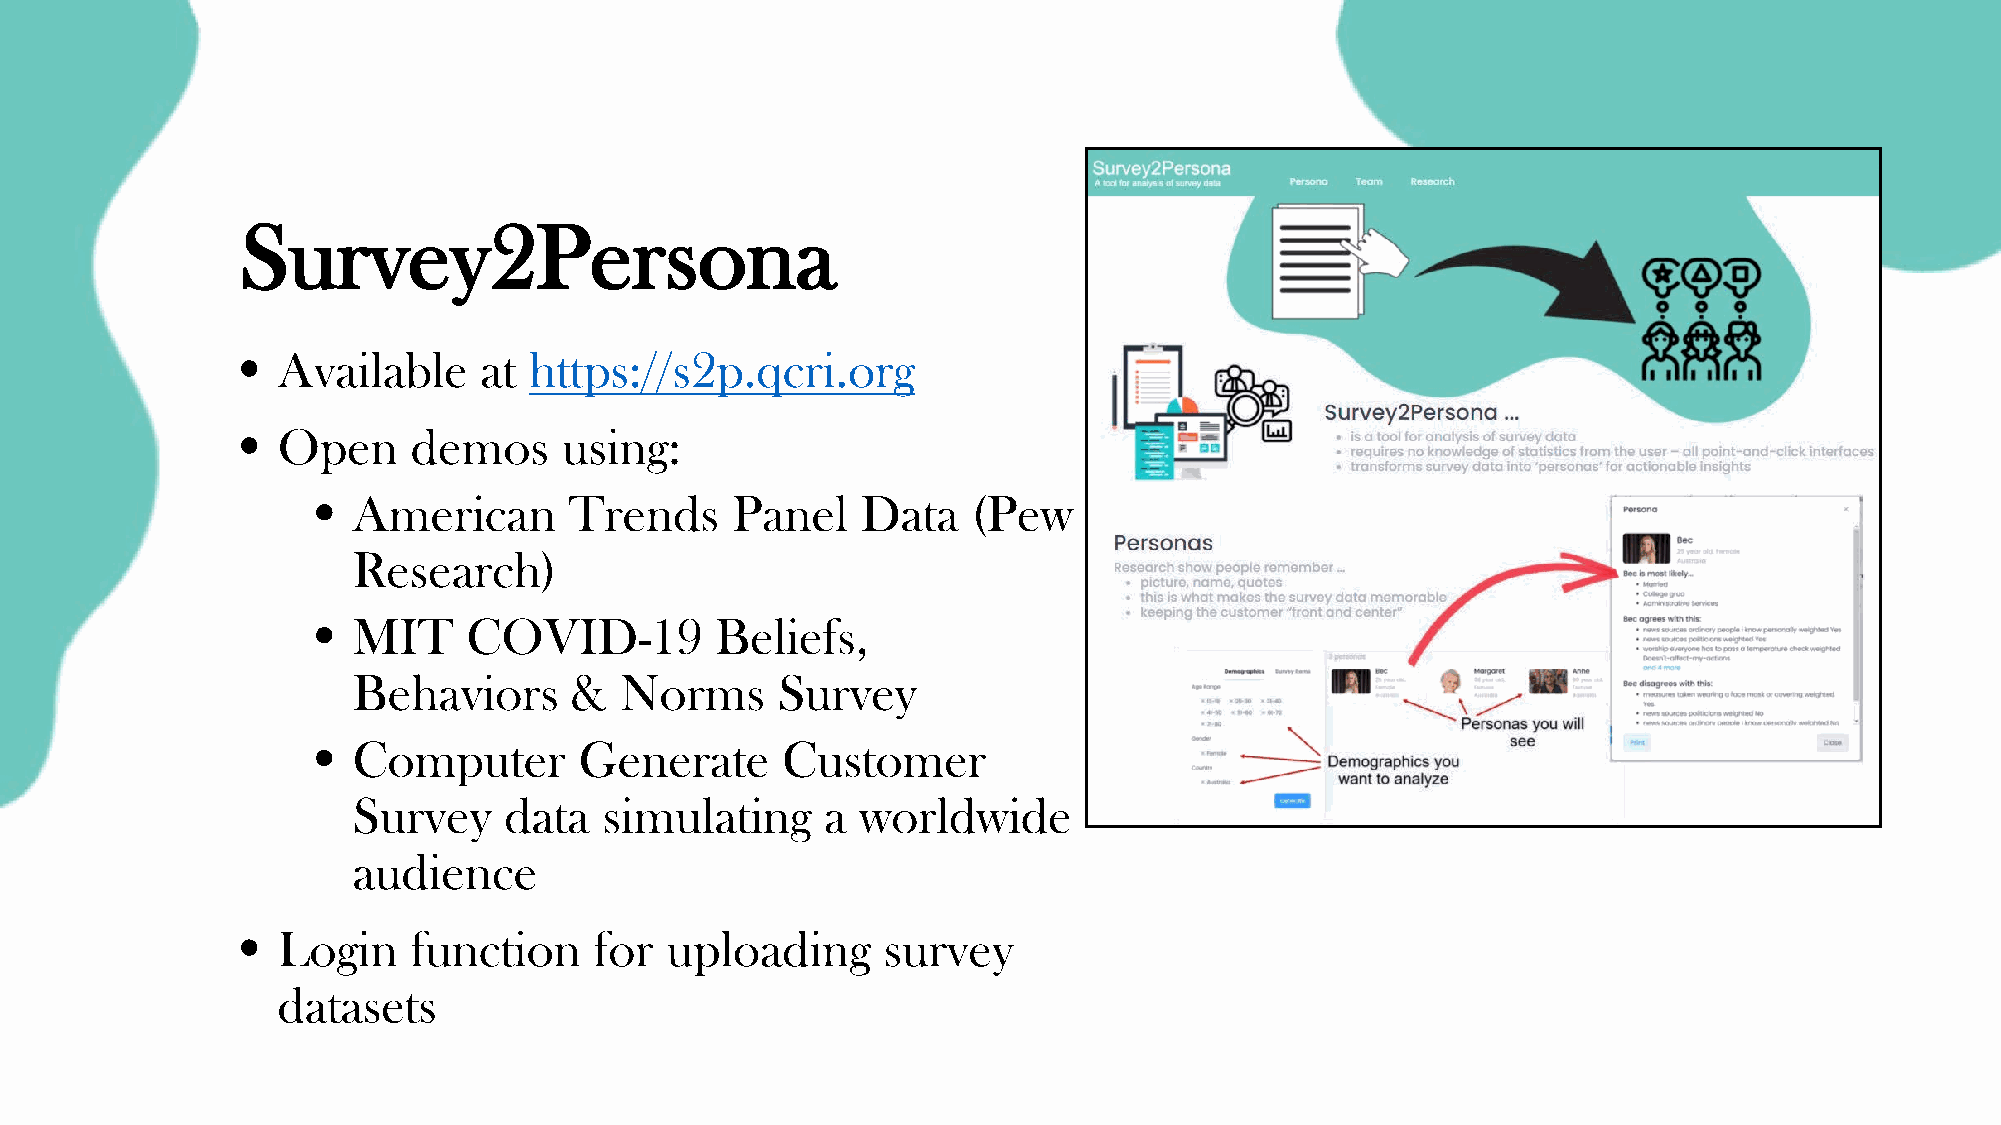
Survey2Persona
 • Available     at https://s2p.qcri.org
 • Open     demos     using:
 • American       Trends    Panel    Data   (Pew
 Research)
 • MIT     COVID-19        Beliefs,
 Behaviors      &  Norms     Survey
 • Computer       Generate      Customer
 Survey    data   simulating     a worldwide
 audience
 • Login    function    for  uploading     survey
 datasets